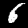
Label: 6